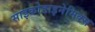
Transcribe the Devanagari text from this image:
साइकोडाइनेमिक्स